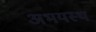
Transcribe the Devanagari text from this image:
अभयस्थ